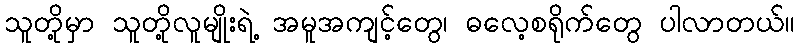
သူတို့မှာ သူတို့လူမျိုးရဲ့ အမူအကျင့်တွေ၊ ဓလေ့စရိုက်တွေ ပါလာတယ်။